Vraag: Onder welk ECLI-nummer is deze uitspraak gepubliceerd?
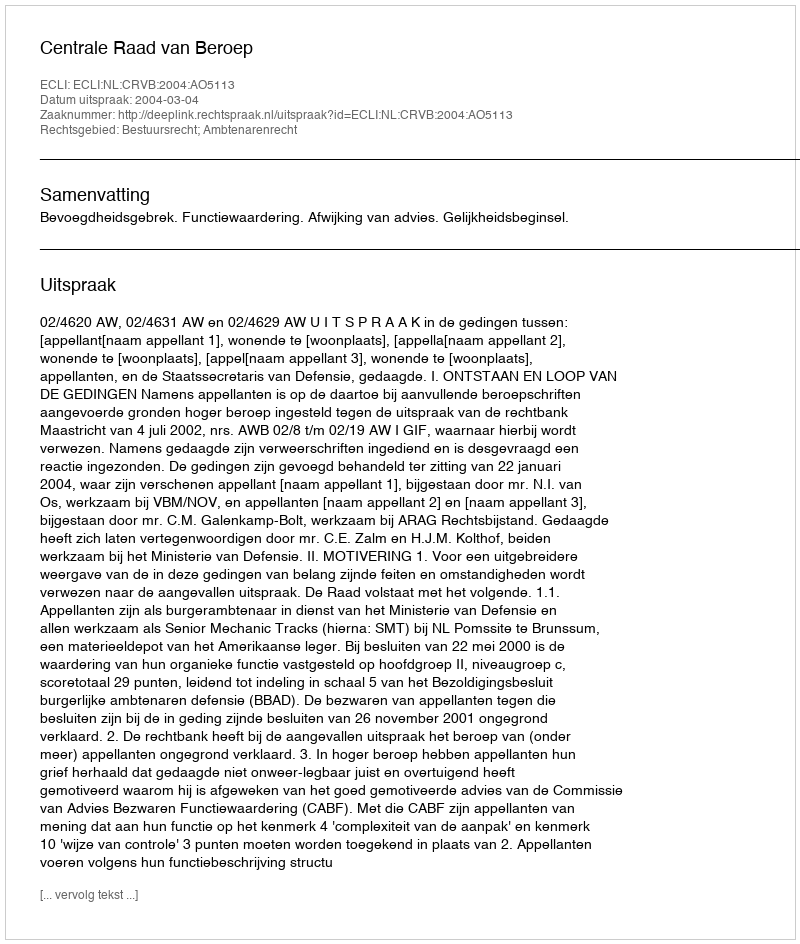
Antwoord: ECLI:NL:CRVB:2004:AO5113